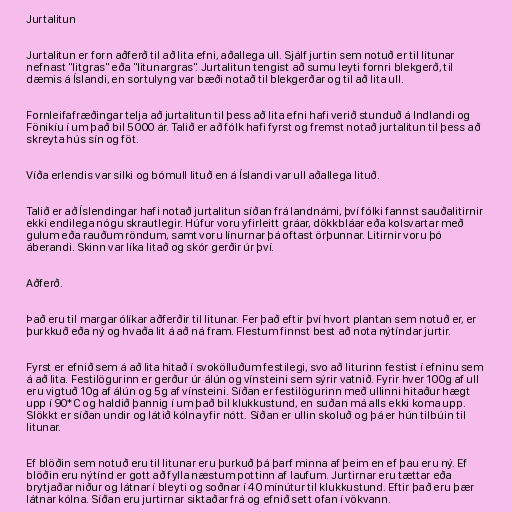
Jurtalitun

Jurtalitun er forn aðferð til að lita efni, aðallega ull. Sjálf jurtin sem notuð er til litunar
nefnast "litgras" eða "litunargras". Jurtalitun tengist að sumu leyti fornri blekgerð, til
dæmis á Íslandi, en sortulyng var bæði notað til blekgerðar og til að lita ull.

Fornleifafræðingar telja að jurtalitun til þess að lita efni hafi verið stunduð á Indlandi og
Fönikíu í um það bil 5000 ár. Talið er að fólk hafi fyrst og fremst notað jurtalitun til þess að
skreyta hús sín og föt.

Víða erlendis var silki og bómull lituð en á Íslandi var ull aðallega lituð.

Talið er að Íslendingar hafi notað jurtalitun síðan frá landnámi, því fólki fannst sauðalitirnir
ekki endilega nógu skrautlegir. Húfur voru yfirleitt gráar, dökkbláar eða kolsvartar með
gulum eða rauðum röndum, samt voru línurnar þá oftast örþunnar. Litirnir voru þó
áberandi. Skinn var líka litað og skór gerðir úr því.

Aðferð.

Það eru til margar ólíkar aðferðir til litunar. Fer það eftir því hvort plantan sem notuð er, er
þurkkuð eða ný og hvaða lit á að ná fram. Flestum finnst best að nota nýtíndar jurtir.

Fyrst er efnið sem á að lita hitað í svokölluðum festilegi, svo að liturinn festist í efninu sem
á að lita. Festilögurinn er gerður úr álún og vínsteini sem sýrir vatnið. Fyrir hver 100g af ull
eru vigtuð 10g af álún og 5g af vínsteini. Síðan er festilögurinn með ullinni hitaður hægt
upp í 90*C og haldið þannig í um það bil klukkustund, en suðan má alls ekki koma upp.
Slökkt er síðan undir og látið kólna yfir nótt. Síðan er ullin skoluð og þá er hún tilbúin til
litunar.

Ef blöðin sem notuð eru til litunar eru þurkuð þá þarf minna af þeim en ef þau eru ný. Ef
blöðin eru nýtínd er gott að fylla næstum pottinn af laufum. Jurtirnar eru tættar eða
brytjaðar niður og látnar í bleyti og soðnar í 40 mínútur til klukkustund. Eftir það eru þær
látnar kólna. Síðan eru jurtirnar siktaðar frá og efnið sett ofan í vökvann.